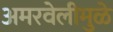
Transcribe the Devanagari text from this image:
अमरवेलीमुळे